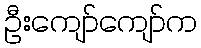
ဦးကျော်ကျော်က